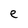
Character: e